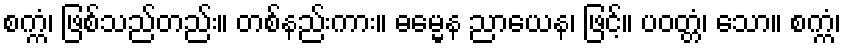
စက္ကံ၊ ဖြစ်သည်တည်း။ တစ်နည်းကား။ ဓမ္မေန ညာယေန၊ ဖြင့်။ ပဝတ္တံ၊ သော။ စက္ကံ၊